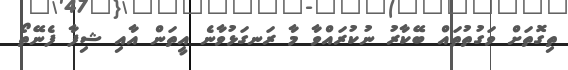
ތިގޮތަށް ވަގުތުތައް ބޭކާރު ނުކުރައްވާ މާ ރަނގަޅުވާނެ އީތަން އާއި ޝިފާ ފެނޭތޯ